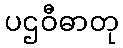
ပဌဝီဓာတု